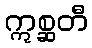
ဣစ္ဆတီ